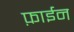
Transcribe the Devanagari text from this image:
फ़ाईन